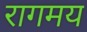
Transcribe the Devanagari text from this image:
रागमय